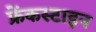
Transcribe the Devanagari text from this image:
फ्रेंकस्टाइन